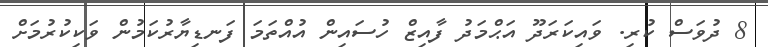
8 ދުވަސް ކުރި. ވައިކަރަދޫ އަޙްމަދު ފާއިޒް ހުސައިން އުއްތަމަ ފަނޑިޔާރުކަމުން ވަކިކުރުމަށް